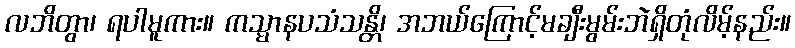
လဘိတွာ၊ ရပါမူကား။ ကသ္မာနပသံသန္တိ၊ အဘယ်ကြောင့်မချီးမွမ်းဘဲရှိတုံလိမ့်နည်း။